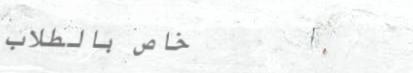
خاص بالطلاب